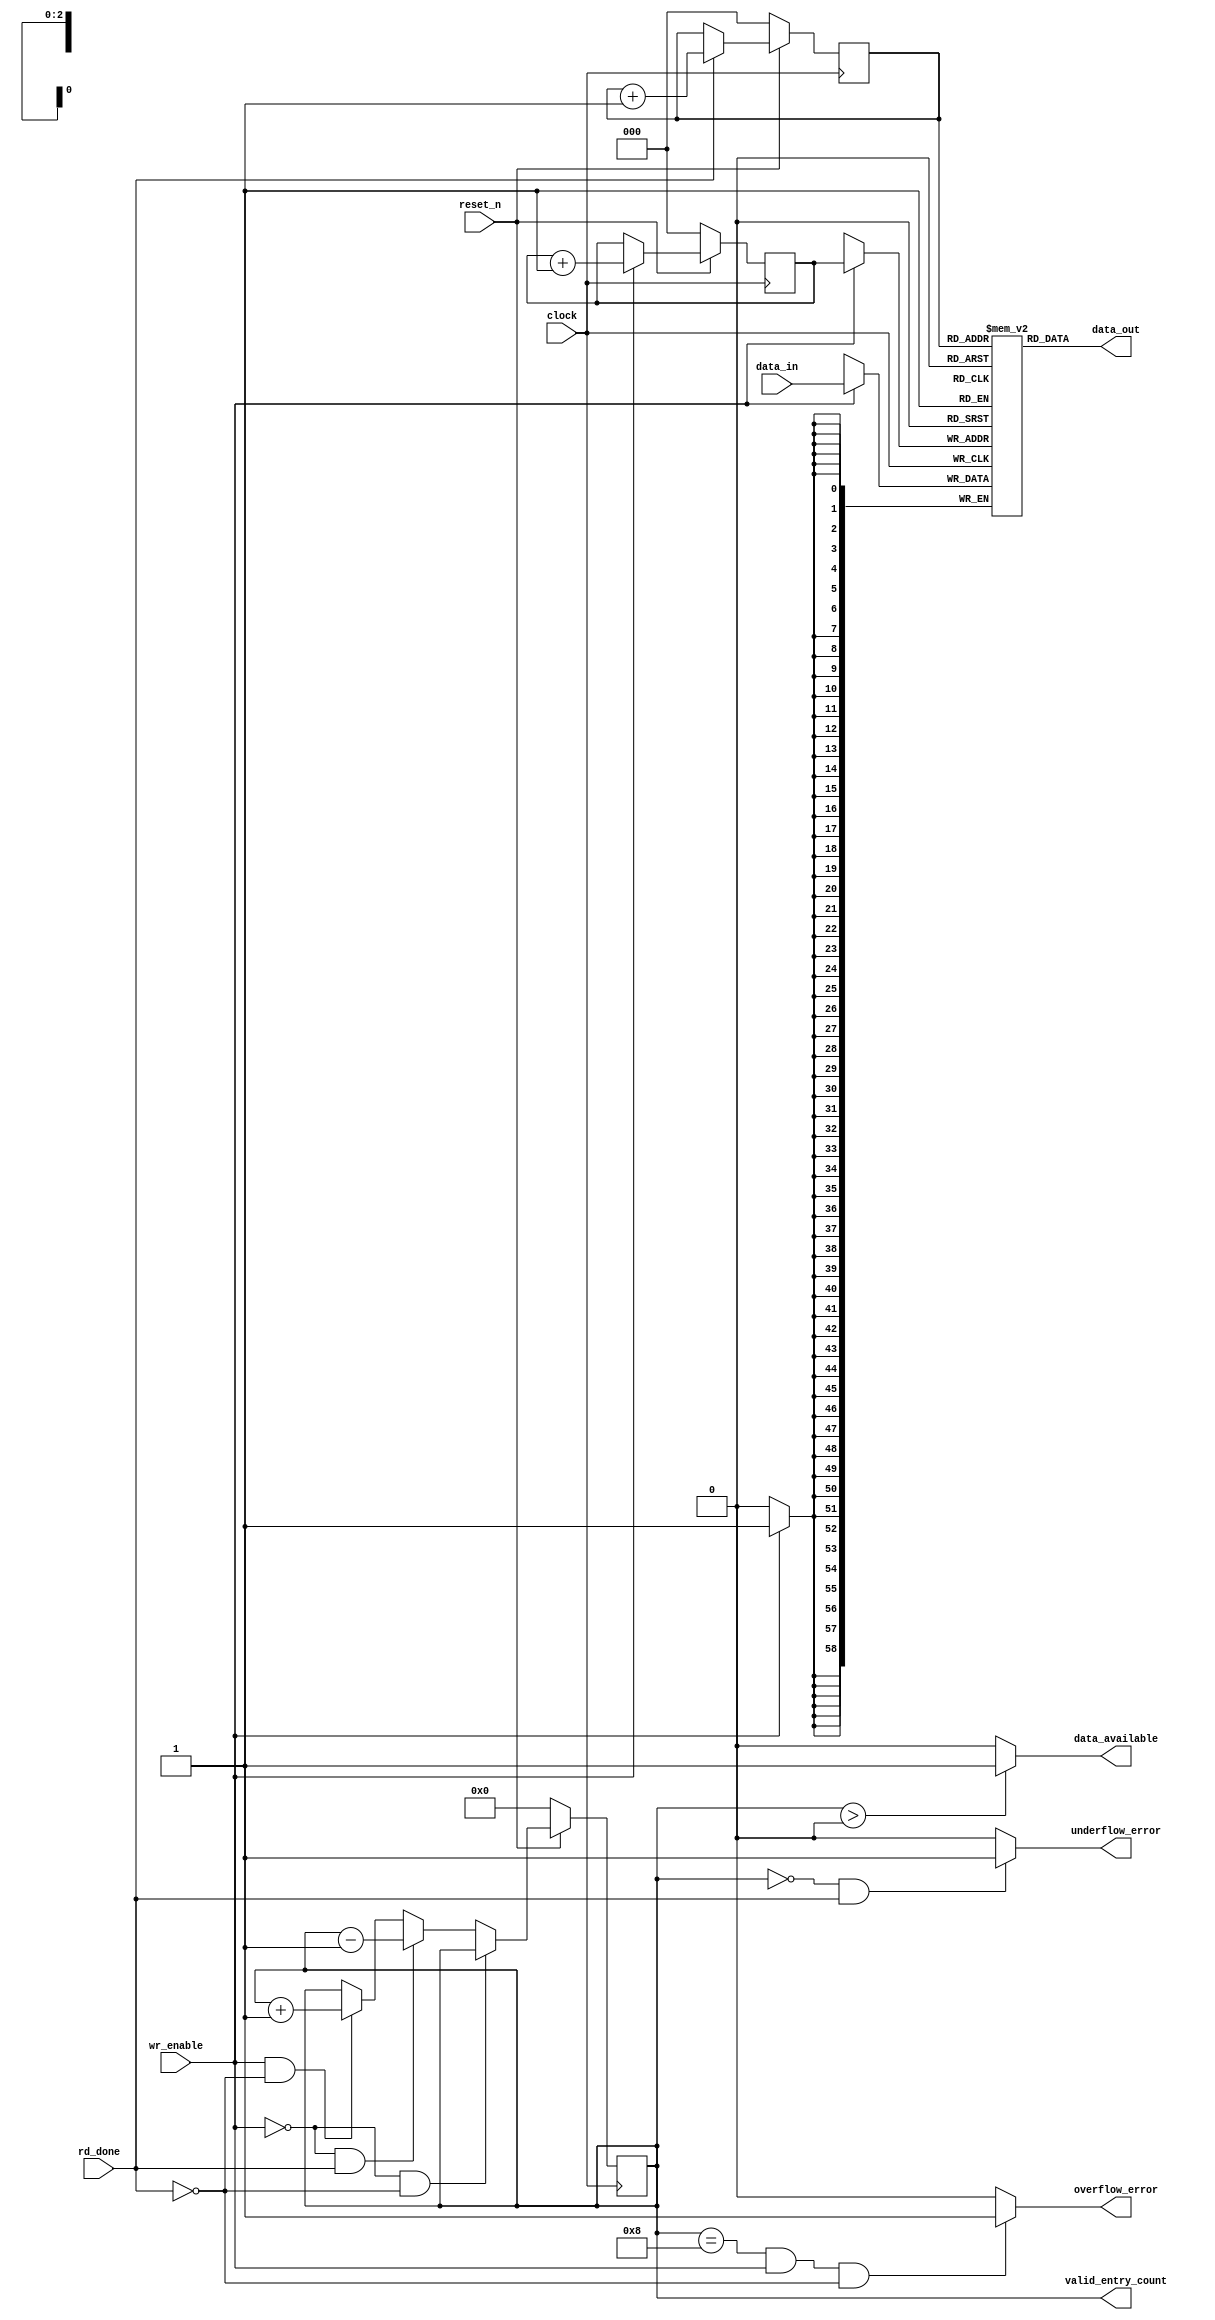
module ocx_tlx_framer_rsp_fifo
    (
        data_in             ,
        wr_enable           ,
        data_out            ,
        rd_done             ,

        data_available      ,
        valid_entry_count   ,
        underflow_error     ,
        overflow_error      ,

        clock               ,
        reset_n
    ) ;


// ==============================================================================================================================
// @@@  Parameters   (These can be overwritten by module instatiation.)
// ==============================================================================================================================

        // Note:   The FIFO will be *built* using the size specified by these parameters (or as overwritten by instantiation.)
        parameter  REGFILE_DEPTH    =     8 ;        //positive integer
        parameter  REGFILE_WIDTH    =    59 ;        //positive integer
        parameter  FIFO_ADDR_WIDTH  =     3 ;
        parameter  PTR_INC   = 3'b001 ;         
        parameter  CNTR_0    = 4'b0000 ;         
        parameter  CNTR_1    = 4'b0001 ;         
        parameter  CNTR_MAX  = 4'b1000 ;         


// ==============================================================================================================================
// @@@  Port Declarations
// ==============================================================================================================================

        input  [ 58:0]                 data_in              ;
        input                          wr_enable            ;
        output [ 58:0]                 data_out             ;
        input                          rd_done              ;

        output                         data_available       ;
        output [FIFO_ADDR_WIDTH  :0]   valid_entry_count    ;
        output                         underflow_error      ;
        output                         overflow_error       ;

        input                          clock                ;
        input                          reset_n              ;


// ==============================================================================================================================
// @@@  Wires and Variables (Regs)
// ==============================================================================================================================

        (* RAM_STYLE="DISTRIBUTED" *)
        reg    [REGFILE_WIDTH-1:0]   regfile [REGFILE_DEPTH-1:0]   ;

        reg    [FIFO_ADDR_WIDTH-1:0]   wr_addr_pointer_nxt  ;  // Next state of write address pointer
        reg    [FIFO_ADDR_WIDTH-1:0]   wr_addr_pointer      ;  // Write address pointer
        reg    [FIFO_ADDR_WIDTH-1:0]   rd_addr_pointer_nxt  ;  // Next state of read address pointer
        reg    [FIFO_ADDR_WIDTH-1:0]   rd_addr_pointer      ;  // Read address pointer
        reg    [FIFO_ADDR_WIDTH  :0]   valid_entry_cntr_nxt ;  // 
        reg    [FIFO_ADDR_WIDTH  :0]   valid_entry_counter  ;  // Number of valid enries in FIFO: zero=empty, 100=full

        reg                            data_available_int   ;
        reg                            underflow_error_int  ;
        reg                            overflow_error_int   ;


// ==============================================================================================================================
// @@@  ocx_tlx_framer_rsp_fifo Logic
// ==============================================================================================================================

    // ---------------------
    // Register File
    // ---------------------
        always @ (posedge clock) begin
              if(wr_enable) regfile[wr_addr_pointer] <= data_in;
        end
        assign data_out  =  regfile[rd_addr_pointer] ;


    // ---------------------
    // Write Address Pointer
    // ---------------------
    // Write the data into the register array and increment the pointer to point to the next slot.
    always @ (*) begin
        if      ( wr_enable )   begin   wr_addr_pointer_nxt  = wr_addr_pointer + PTR_INC ;         end
        else                    begin   wr_addr_pointer_nxt  = wr_addr_pointer ;                   end
    end
    always @ (posedge clock) begin
        if      (!reset_n)      begin   wr_addr_pointer     <= {FIFO_ADDR_WIDTH{1'b0}};   end
        else                    begin   wr_addr_pointer     <= wr_addr_pointer_nxt;                end
    end


    // ---------------------
    // Read Address Pointer
    // ---------------------
    // This logic reads the register array and captures the output into the output reg
    always @ (*) begin
        if      ( rd_done  )    begin   rd_addr_pointer_nxt  = rd_addr_pointer + PTR_INC ;         end
        else                    begin   rd_addr_pointer_nxt  = rd_addr_pointer ;                   end
    end
    always @ (posedge clock) begin
        if      (!reset_n)      begin   rd_addr_pointer     <= {FIFO_ADDR_WIDTH{1'b0}};   end
        else                    begin   rd_addr_pointer     <= rd_addr_pointer_nxt;                end
    end


    // ---------------------
    // Valid Entry Counter
    // ---------------------
    // This counter keeps track of the number of FIFO slots that are currently being used for valid data.

    always @ (*) begin
        if      ( !wr_enable  && !rd_done  )  begin   valid_entry_cntr_nxt  =  valid_entry_counter          ;    end // No Change
        else if ( !wr_enable  &&  rd_done  )  begin   valid_entry_cntr_nxt  =  valid_entry_counter - CNTR_1 ;    end // Read
        else if (  wr_enable  && !rd_done  )  begin   valid_entry_cntr_nxt  =  valid_entry_counter + CNTR_1 ;    end // Write
        else                                  begin   valid_entry_cntr_nxt  =  valid_entry_counter          ;    end // Write and Read
    end
    always @ (posedge clock) begin
        if      (!reset_n)                    begin   valid_entry_counter  <= {FIFO_ADDR_WIDTH+1{1'b0}};  end
        else                                  begin   valid_entry_counter  <= valid_entry_cntr_nxt;              end
    end
    assign   valid_entry_count  =  valid_entry_counter;



    always @ (*) begin
        if      ( valid_entry_counter > CNTR_0 )                                  begin   data_available_int   =  1'b1;   end
        else                                                                      begin   data_available_int   =  1'b0;   end
        if    ( (valid_entry_counter == CNTR_0)  &&  rd_done )                    begin   underflow_error_int  =  1'b1;   end
        else                                                                      begin   underflow_error_int  =  1'b0;   end
        if    ( (valid_entry_counter == CNTR_MAX)  &&  wr_enable  &&  !rd_done )  begin   overflow_error_int   =  1'b1;   end
        else                                                                      begin   overflow_error_int   =  1'b0;   end
    end
    assign    data_available   =  data_available_int;
    assign    underflow_error  =  underflow_error_int;
    assign    overflow_error   =  overflow_error_int;


endmodule